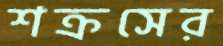
শক্রসের